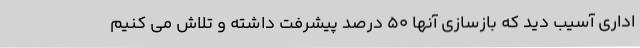
اداری آسیب دید که بازسازی آنها 50 درصد پیشرفت داشته و تلاش می کنیم